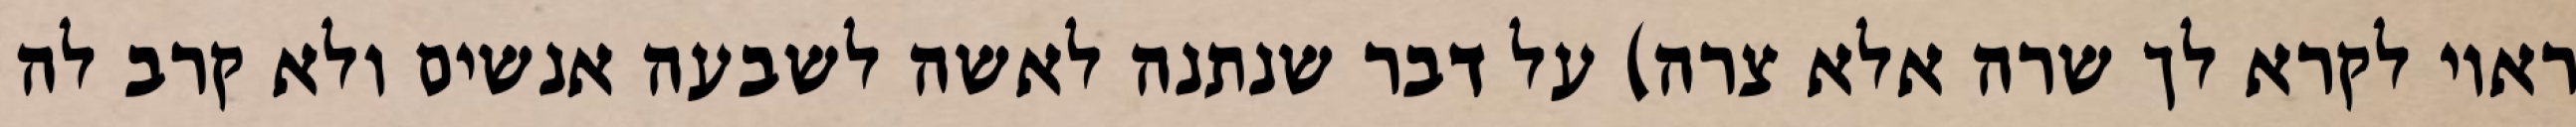
ראוי לקרא לך שרה אלא צרה) על דבר שנתנה לאשה לשבעה אנשים ולא קרב לה